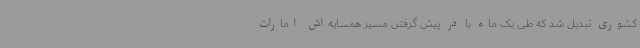
کشوری تبدیل شد که طی یک ماه با در پیش گرفتن مسیر همسایه‌اش امارات